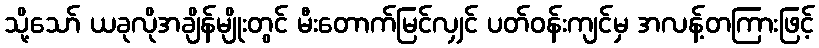
သို့သော် ယခုလိုအချိန်မျိုးတွင် မီးတောက်မြင်လျှင် ပတ်ဝန်းကျင်မှ အလန့်တကြားဖြင့်